Scottish Leaving Certificate Examination, 1958
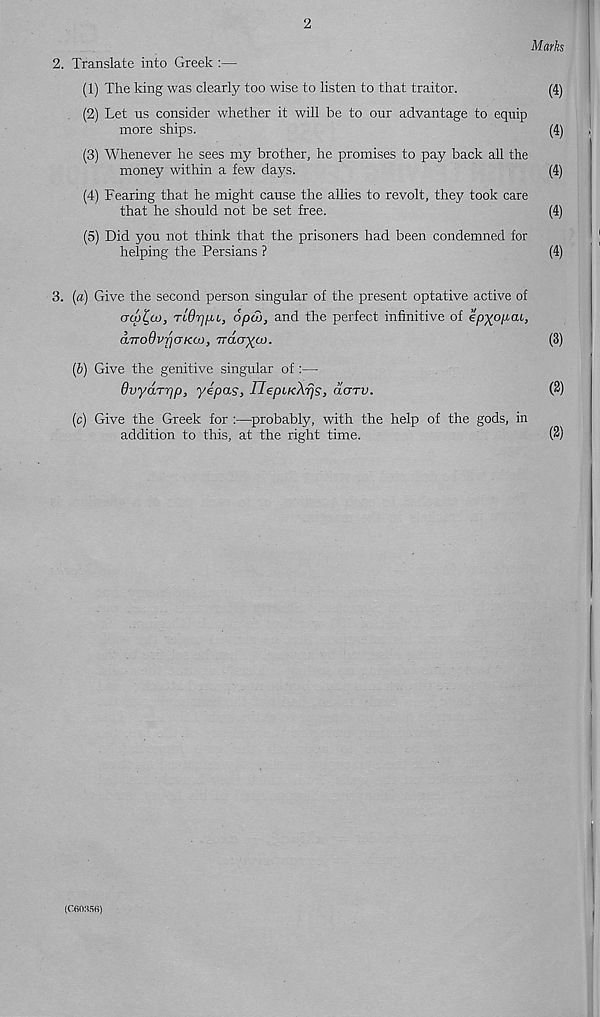
2
Marks
2. Translate into Greek :—
(1) The king was clearly too wise to listen to that traitor.
(4)
(2) Let us consider whether it will be to our advantage to equip
more ships.
(4)
(3) Whenever he sees my brother, he promises to pay back all the
money within a few days.
(4)
(4) Fearing that he might cause the allies to revolt, they took care
that he should not be set free.
(4)
(5) Did you not think that the prisoners had been condemned for
helping the Persians ?
(4)
3. (a) Give the second person singular of the present optative active of
au)^(x> y TiOrjUL, 6pa>, and the perfect infinitive of ep-^opai,
aTroOvrjaKM, Trdcryoj.
(3)
(6) Give the genitive singular of :—
dvydr-fjp, ye pas, UepLKXrjs, acrrv.
(2)
(c) Give the Greek for :—probably, with the help of the gods, in
addition to this, at the right time.
(2)
(CSIWSfi)